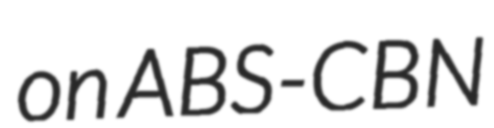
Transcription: on ABS-CBN